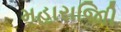
મહારાજાિી